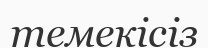
темекісіз